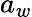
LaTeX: a_{w}